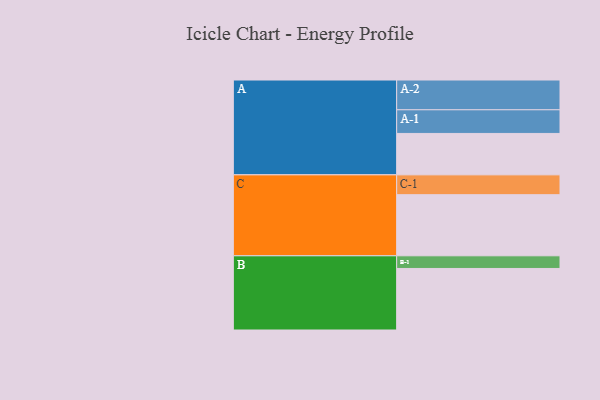
{"axis": {"x": "Segment", "y": "Value"}, "legend": ["", "A", "B", "C"], "data": [{"x": "A", "y": 399, "type": ""}, {"x": "B", "y": 593, "type": ""}, {"x": "C", "y": 589, "type": ""}, {"x": "A-1", "y": 228, "type": "A"}, {"x": "A-2", "y": 287, "type": "A"}, {"x": "B-1", "y": 122, "type": "B"}, {"x": "C-1", "y": 191, "type": "C"}]}